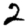
Digit: 2